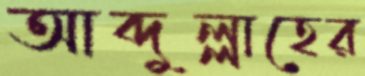
আব্দুল্লাহের